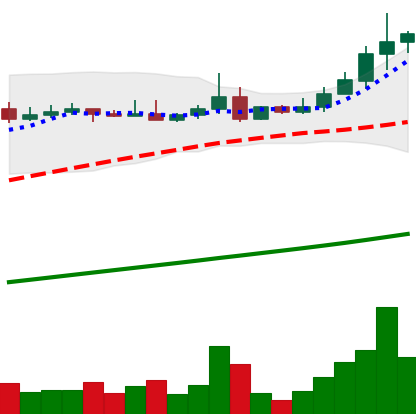
Ticker: ADA-USD
Chart end date: 2021-04-15
Forward return: -14.556%
Label: down_7plus